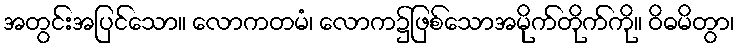
အတွင်းအပြင်သော။ လောကတမံ၊ လောက၌ဖြစ်သောအမိုက်တိုက်ကို။ ဝိဓမိတွာ၊